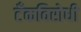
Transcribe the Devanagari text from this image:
टँकविरोधी